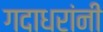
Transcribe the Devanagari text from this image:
गदाधरांनी